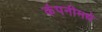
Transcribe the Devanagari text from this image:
कंपनीमधे